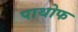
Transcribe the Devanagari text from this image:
पाथोफ